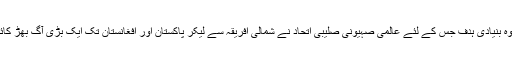
یہ ہے وہ بنیادی ہدف جس کے لئے عالمی صہیونی صلیبی اتحاد نے شمالی افریقہ سے لیکر پاکستان اور افغانستان تک ایک بڑی آگ بھڑ کائی ہے ۔